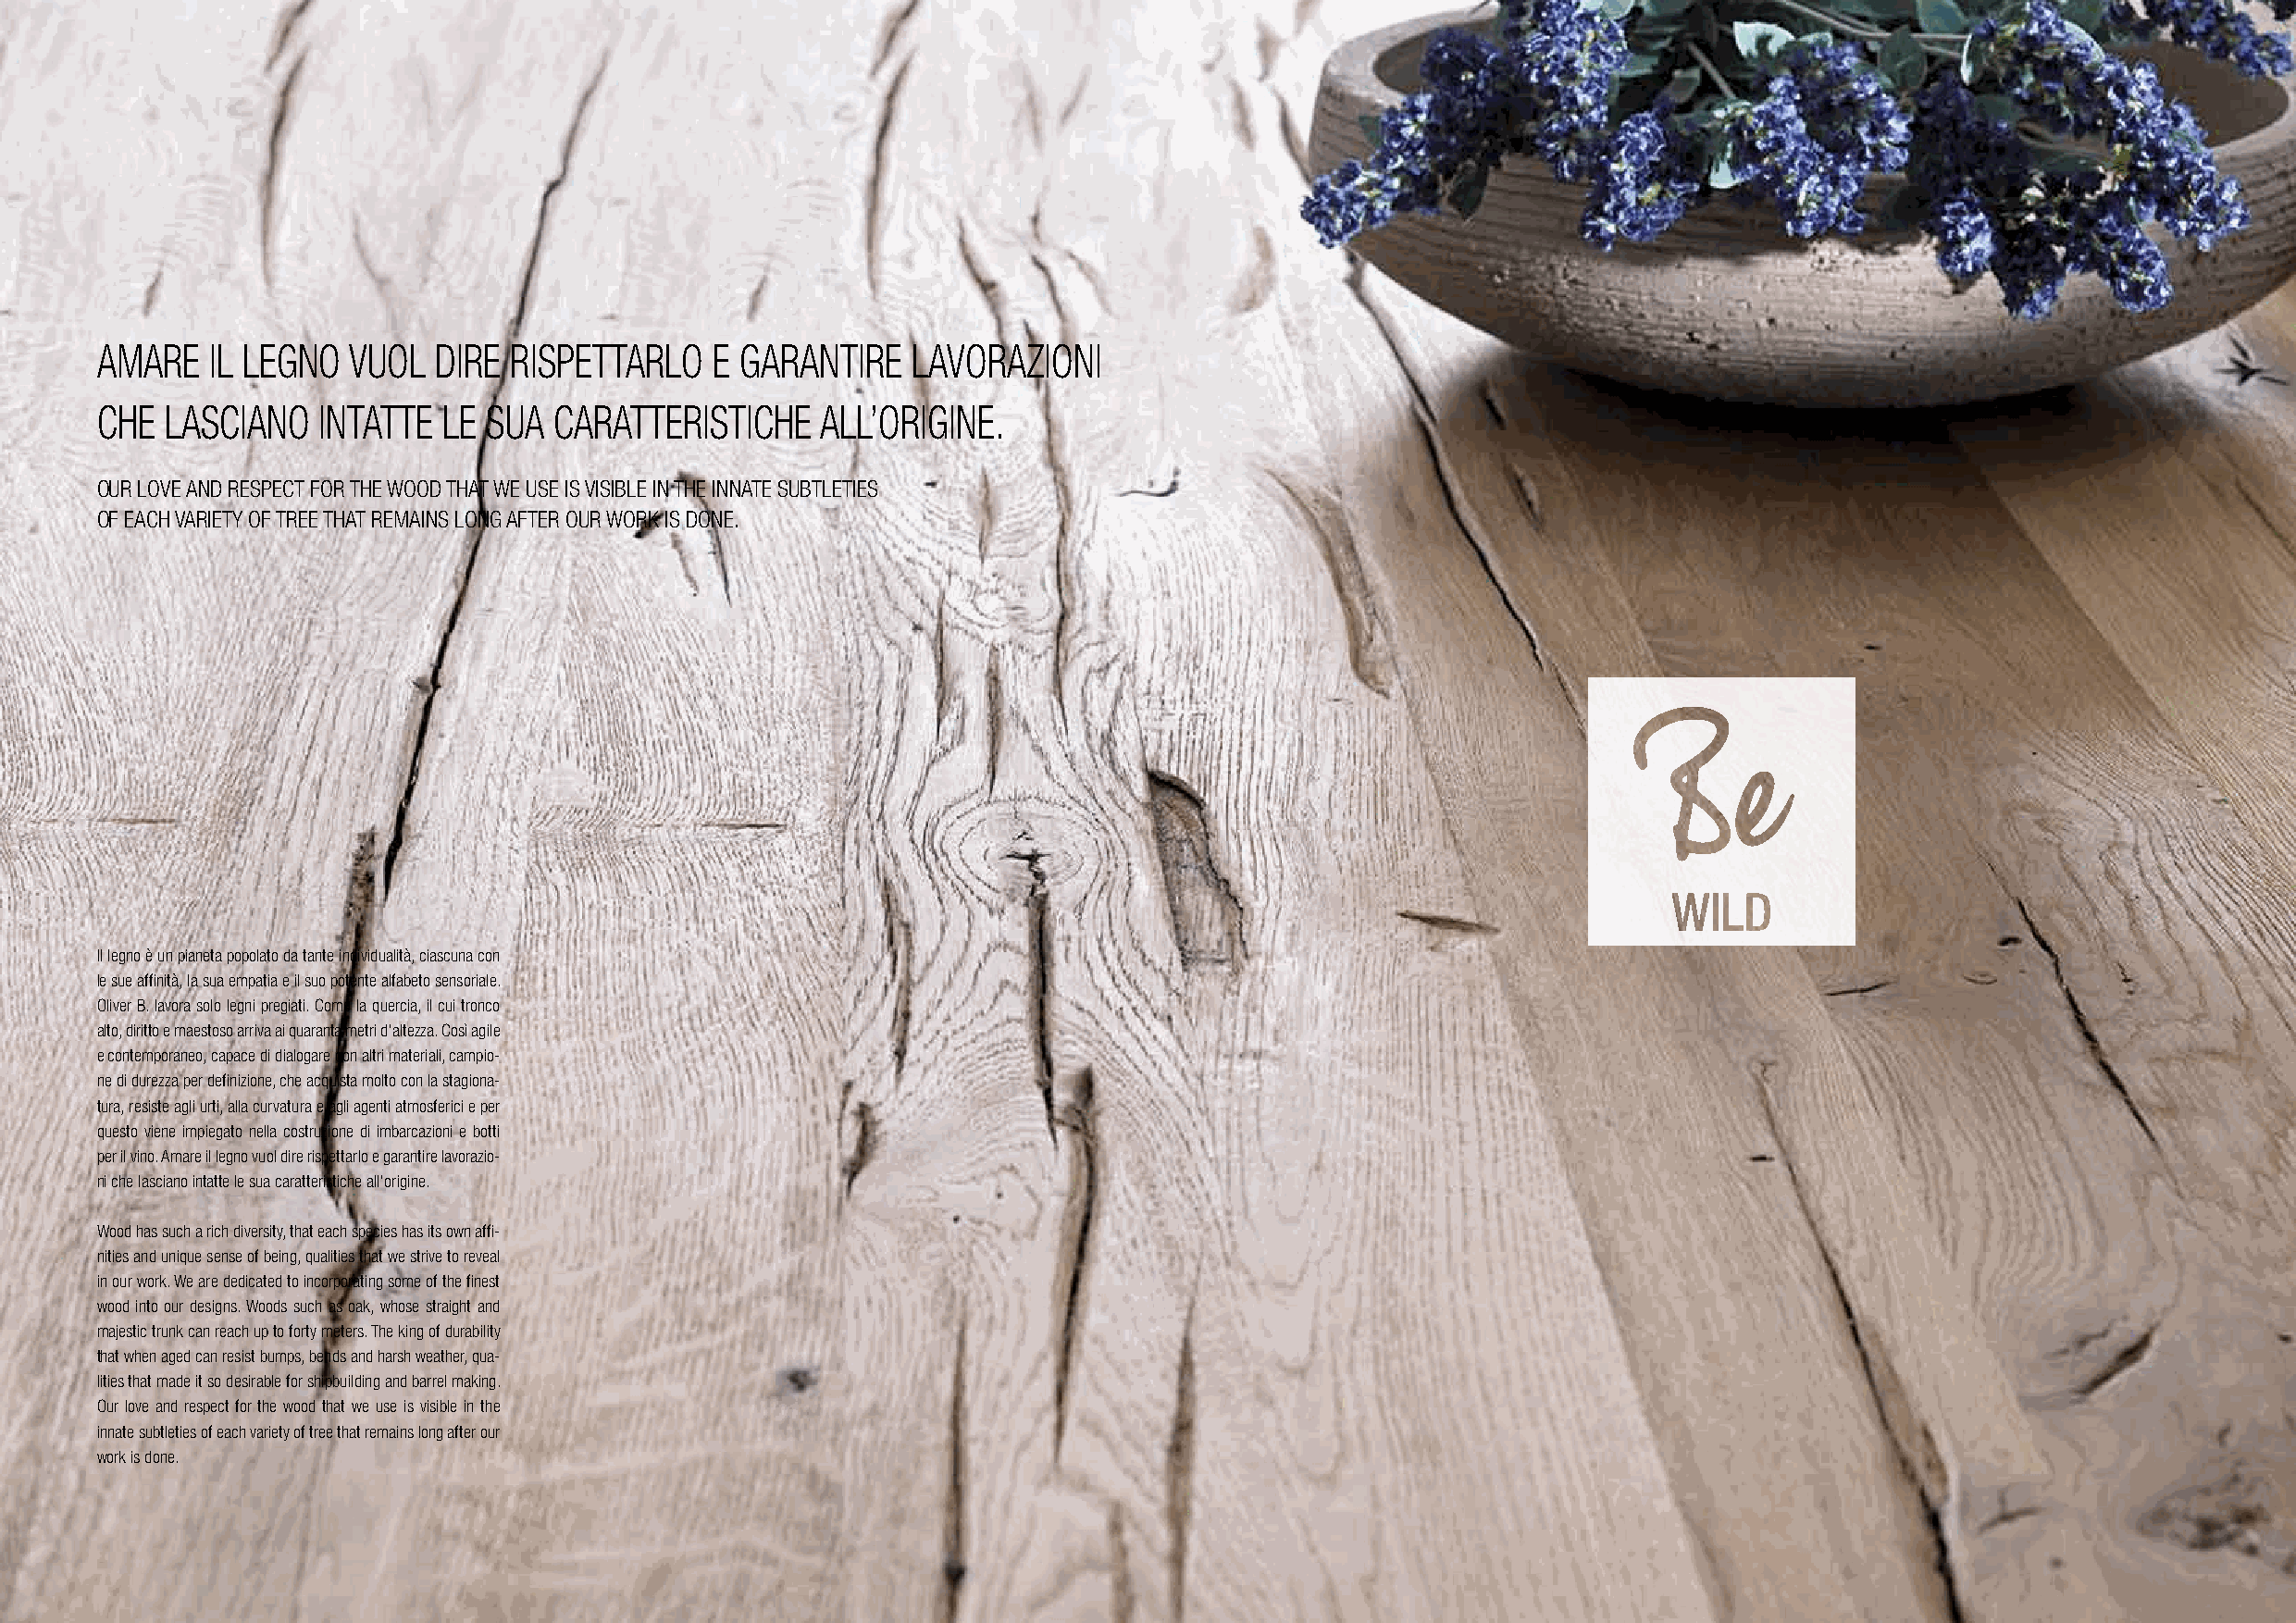
AMARE   IL LEGNO  VUOL  DIRE RISPETTARLO    E GARANTIRE   LAVORAZIONI
 CHE  LASCIANO   INTATTE  LE SUA  CARATTERISTICHE    ALL’ORIGINE.
 OUR LOVE AND RESPECT FOR THE WOOD THAT WE USE IS VISIBLE IN THE INNATE SUBTLETIES
 OF EACH VARIETY OF TREE THAT REMAINS LONG AFTER OUR WORK IS DONE.
 Il legno è un pianeta popolato da tante individualità, ciascuna con
 le sue affinità, la sua empatia e il suo potente alfabeto sensoriale.
 Oliver B. lavora solo legni pregiati. Come la quercia, il cui tronco
 alto, diritto e maestoso arriva ai quaranta metri d’altezza. Così agile
 e contemporaneo, capace di dialogare con altri materiali, campio-
 ne di durezza per definizione, che acquista molto con la stagiona-
 tura, resiste agli urti, alla curvatura e agli agenti atmosferici e per
 questo viene impiegato nella costruzione di imbarcazioni e botti
 per il vino. Amare il legno vuol dire rispettarlo e garantire lavorazio-
 ni che lasciano intatte le sua caratteristiche all’origine.
 Wood has such a rich diversity, that each species has its own affi-
 nities and unique sense of being, qualities that we strive to reveal
 in our work. We are dedicated to incorporating some of the finest
 wood into our designs. Woods such as oak, whose straight and
 majestic trunk can reach up to forty meters. The king of durability
 that when aged can resist bumps, bends and harsh weather, qua-
 lities that made it so desirable for shipbuilding and barrel making.
 Our love and respect for the wood that we use is visible in the
 innate subtleties of each variety of tree that remains long after our
 work is done.